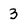
Character: 3